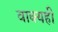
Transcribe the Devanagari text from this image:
वाक्यही